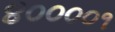
૪૦૦૦૦૧